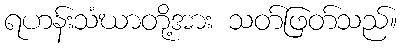
ရဟန်းသံဃာတို့အား သတ်ဖြတ်သည်။